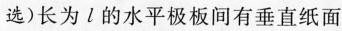
选)长为l的水平极板间有垂直纸面